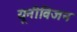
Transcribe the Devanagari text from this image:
यूनीविजन